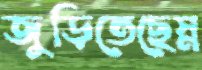
জুড়িতেছেস্ন